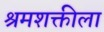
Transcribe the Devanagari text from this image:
श्रमशक्तीला